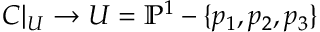
C | _ { U } \to U = \mathbb { P } ^ { 1 } - \{ p _ { 1 } , p _ { 2 } , p _ { 3 } \}